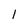
Character: I